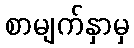
စာမျက်နှာမှ